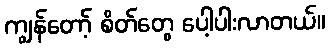
ကျွန်တော့် စိတ်တွေ ပေါ့ပါးလာတယ်။